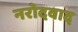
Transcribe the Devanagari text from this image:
नरोदवाद